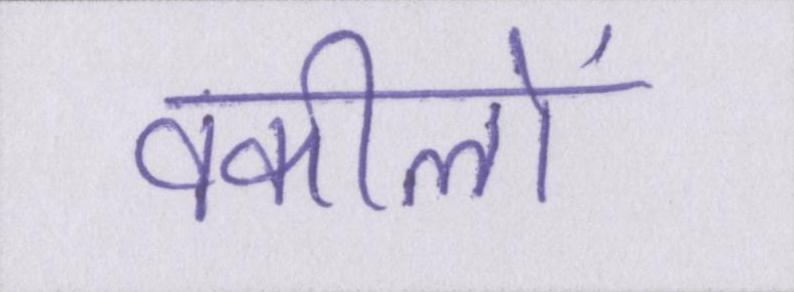
वकीलों